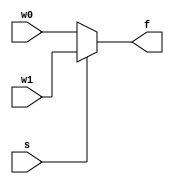
/* pg 322 2 to 1 multiplexer */

module bm_DL_2_1_mux  (w0, w1, s, f);
	input w0, w1, s;
	output f;
	
	assign f = s ? w1 : w0;
		
endmodule